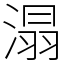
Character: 溻